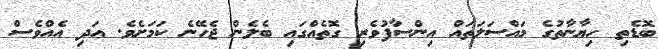
ބޮޑެތި ހިޔާނާތުގެ މައްސަލަތައް އިންސާފުވެރި ގޮތެއްގައި ބެލެން ޖެހޭނެ ކަމަށެވެ. އަދި އެއްވެސް